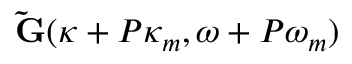
\mathbf { \tilde { G } } ( \kappa + P \kappa _ { m } , \omega + P \omega _ { m } )